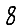
Digit: 8